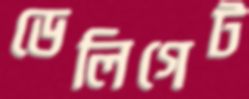
ডেলিগেট